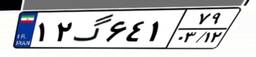
۱۲گ۶۴۱۷۹